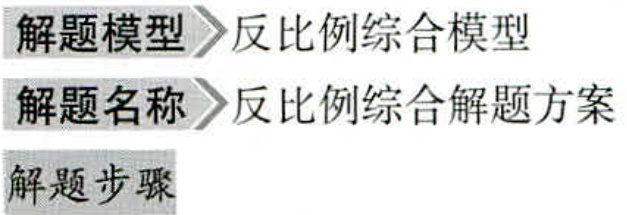
\begin{enumerate}
  \item 解题模型 \(\to\) 反比例综合模型
  \item 解题名称 \(\to\) 反比例综合解题方案
  \item 解题步骤
\end{enumerate}